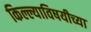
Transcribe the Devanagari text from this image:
किल्ल्याविषयीच्या